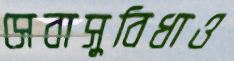
সেবাসুবিধাও